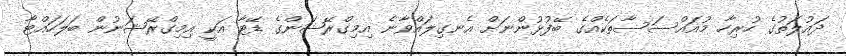
ދައުލަތުގެ ހުރިހާ މުއައްސަސާތަކެއްގެ ބޭފުޅުންނަށް އެނގިލައްވާނެ އިމިގްރޭޝަންގެ ޑޭޓާ އަކީ އިމިގްރޭޝަނުން ބަލަހައްޓާ